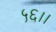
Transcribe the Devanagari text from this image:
५६।।